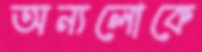
অন্যলোকে